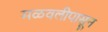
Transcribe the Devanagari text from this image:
मळवलीपासून